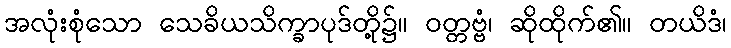
အလုံးစုံသော သေခိယသိက္ခာပုဒ်တို့၌။ ဝတ္တဗ္ဗံ၊ ဆိုထိုက်၏။ တယိဒံ၊